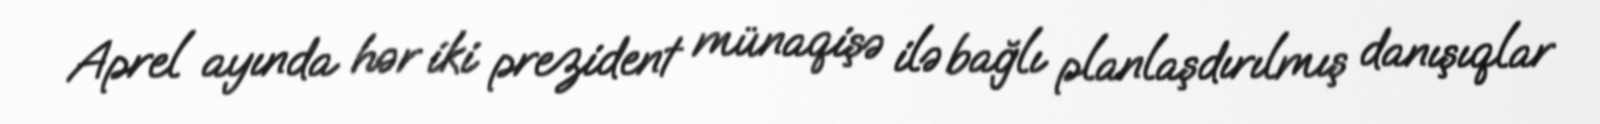
Aprel ayında hər iki prezident münaqişə ilə bağlı planlaşdırılmış danışıqlar